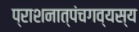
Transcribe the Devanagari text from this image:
प्राशनात्पंचगव्यस्य